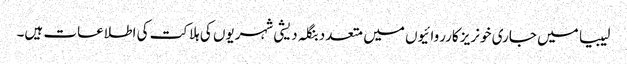
لیبیا میں جاری خونریز کارروائیوں میں متعدد بنگلہ دیشی شہریوں کی ہلاکت کی اطلاعات ہیں۔